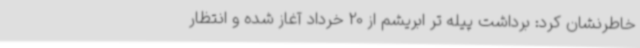
خاطرنشان کرد: برداشت پیله تر ابریشم از 20 خرداد آغاز شده و انتظار